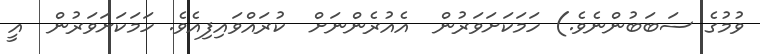
ވުމުގެ ސަބަބުންނެވެ.) ހަމަކަށަވަރުން  އެއުރެންނަށް  ކުރައްވައިފިއެވެ. ހަމަކަށަވަރުން  އީ